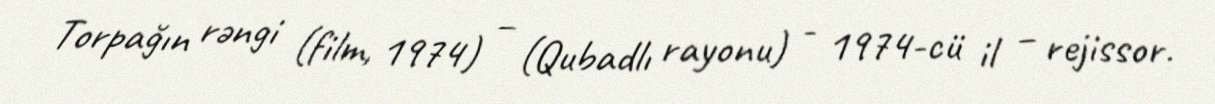
Torpağın rəngi (film, 1974) – (Qubadlı rayonu) - 1974-cü il – rejissor.